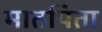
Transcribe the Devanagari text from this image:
मातपिता